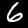
Digit: 6